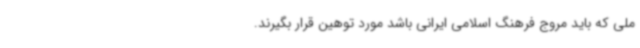
ملی که باید مروج فرهنگ اسلامی ایرانی باشد مورد توهین قرار بگیرند.